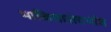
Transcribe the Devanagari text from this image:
भाकितासंदर्भात